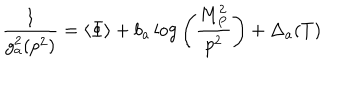
\frac { 1 } { g _ { a } ^ { 2 } ( p ^ { 2 } ) } = \langle \Phi \rangle + b _ { a } \log { \left( \frac { M _ { P } ^ { 2 } } { p ^ { 2 } } \right) } + \Delta _ { a } ( T )